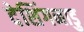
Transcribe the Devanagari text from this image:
देशिंगनाडु